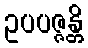
ဥပပဇ္ဇန္တိ